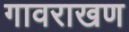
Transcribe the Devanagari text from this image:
गावराखण